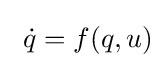
{\ }{\dot {q}}=f(q,u)